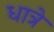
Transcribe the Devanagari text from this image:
धात्रे